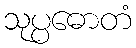
သုပ္ပဓောတံ